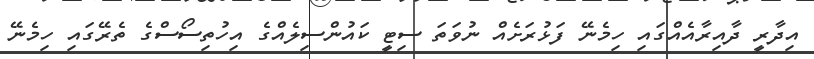
އިދާރީ ދާއިރާއެއްގައި ހިމެނޭ ފަޅުރަށެއް ނުވަތަ ސިޓީ ކައުންސިލެއްގެ އިހުތިސޯސްގެ ތެރޭގައި ހިމެނޭ